Leaving Certificate Examination, 1918
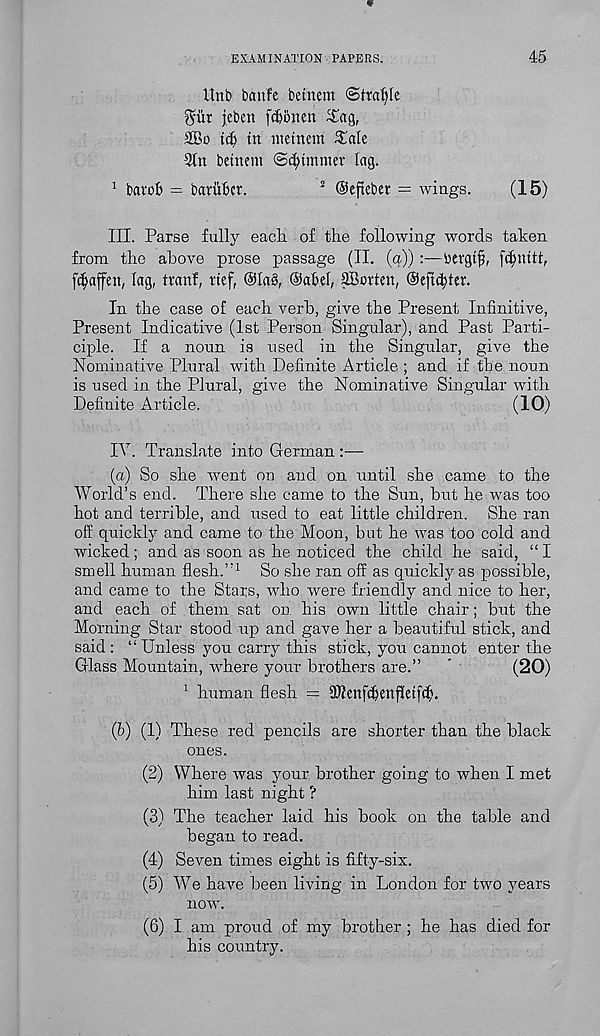
EXAMINATION PAPERS.
45
ilnb bcutfe betnem 'Sttafyle
^iir jebett fcfebnett ^£ag,
3®o id) in metnem £alc
betnem ©trimmer lag.
1 bavob = bariiSer.
2 Oefteber = wings.
(15)
III. Parse fully each of the following words taken
from the above prose passage (II. (a)) :—bergtfj, fdptitt,
fdjmffen, lag, tvanf, ttef, ©tab, @abef, 2Botten, ©efidjter.
In the case of each verb, give the Present Infinitive,
Present Indicative (1st Person Singular), and Past Parti-
ciple. If a noun is used in the Singular, give the
Nominative Plural with Definite Article ; and if the noun
is used in the Plural, give the Nominative Singular with
Definite Article.
(10)
IV. Translate into German :—
(а) So she went on and on until she came to the
World’s end. There she came to the Sun, but he was too
hot and terrible, and used to eat little children. She ran
off quickly and came to the Moon, but he was too cold and
wicked ; and as soon as he noticed the child he said, “ I
smell human flesh.” 1 So she ran off as quickly as possible,
and came to the Stars, who were friendly and nice to her,
and each of them sat on his own little chair; but the
Morning Star stood up and gave her a beautiful stick, and
said: “Unless you carry this stick, you cannot enter the
Glass Mountain, where your brothers are.”
*
(20)
1 human flesh = SJicnfcfienffetfcf).
(б) (1) These red pencils are shorter than the black
ones.
(2) Where was your brother going to when I met
him last night ?
(3) The teacher laid his book on the table and
began to read.
(4) Seven times eight is fifty-six.
(5) We have been living in London for two years
now.
(6) I am proud of my brother ; he has died for
his country.